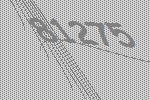
81275